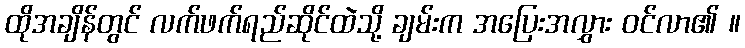
ထိုအချိန်တွင် လက်ဖက်ရည်ဆိုင်ထဲသို့ ချမ်းက အပြေးအလွှား ဝင်လာ၏ ။